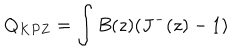
LaTeX: Q _ { K P Z } = \int B ( z ) ( J ^ { - } ( z ) - 1 )